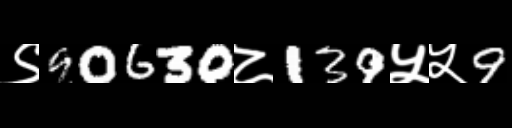
Text: ९90630८139५५9